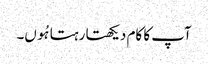
آپ کا کام دیکھتا رہتا ہُوں۔